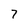
Character: 7